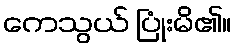
ကေသွယ် ပြုံးမိ၏။